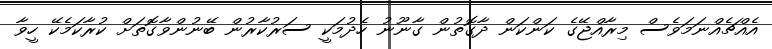
އެއްޗެއްނަމަވެސް މިރާއްޖޭގެ ކަންކަން ދާގޮތުން ގާނޫނު ހެދުމަކީ ސަރުކާރުން ބޭނުންވާގޮތަށް ކުރާކަމެކޭ ހީވާ